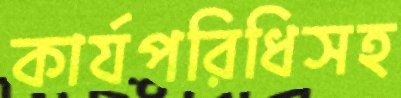
কার্যপরিধিসহ